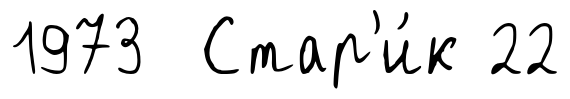
1973 Стар'и́к 22